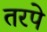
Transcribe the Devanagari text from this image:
तरपे